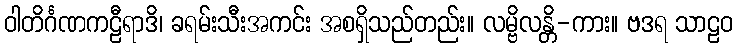
ဝါတိင်္ဂဏကဠီရာဒိ၊ ခရမ်းသီးအကင်း အစရှိသည်တည်း။ လမ္ဗိလန္တိ-ကား။ ဗဒရ သာဠဝ